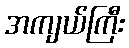
အကျယ်ကြီး